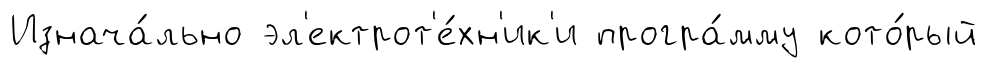
Изнача́льно эл'ектрот'е́хн'ик'и програ́мму кото́рый